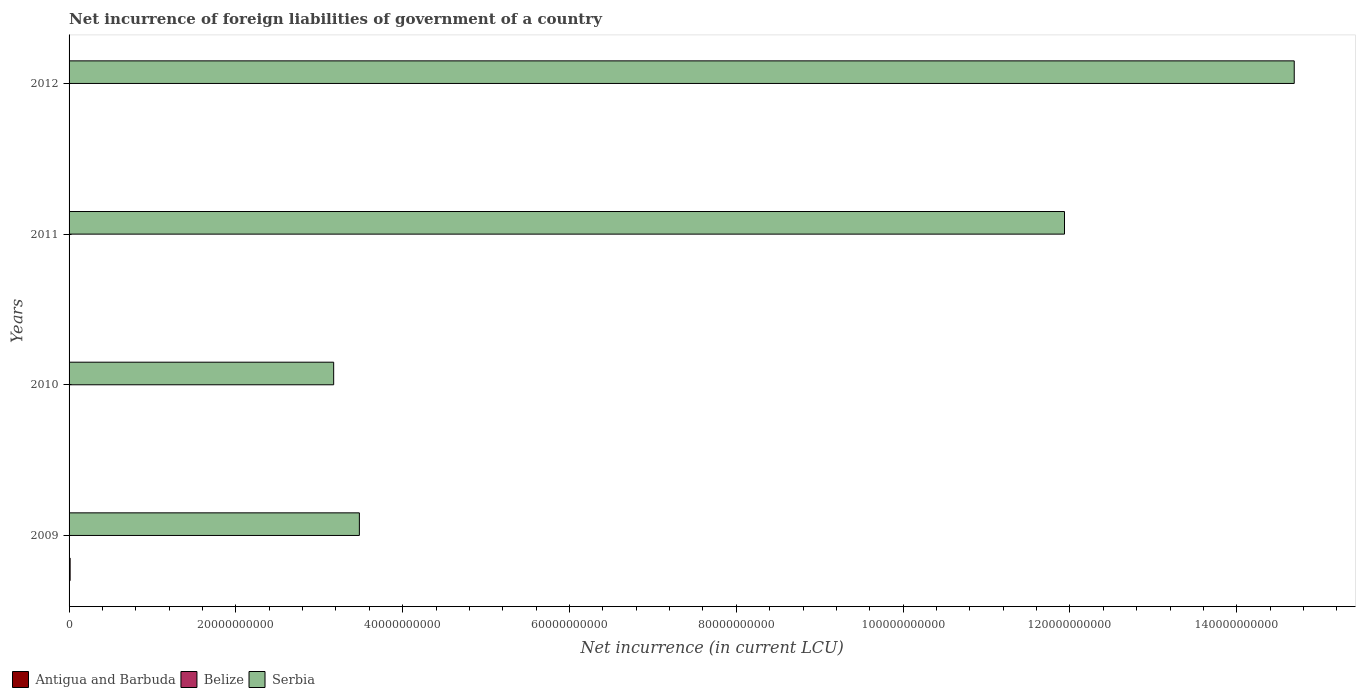
| Years | Antigua and Barbuda | Belize | Serbia |
 | --- | --- | --- | --- |
 | 2009 | 1.27e+08 | 1.56e+07 | 3.48e+10 |
 | 2010 | -1.65e+08 | 2.74e+06 | 3.17e+10 |
 | 2011 | 3.81e+07 | 2.52e+07 | 1.19e+11 |
 | 2012 | -6.63e+07 | 4.13e+07 | 1.47e+11 |